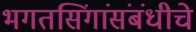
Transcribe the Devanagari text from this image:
भगतसिंगांसंबंधीचे